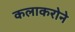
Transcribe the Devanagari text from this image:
कलाकरोने